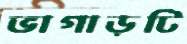
ভাগাড়টি